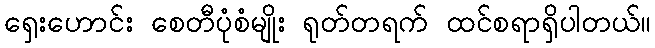
ရှေးဟောင်း စေတီပုံစံမျိုး ရုတ်တရက် ထင်စရာရှိပါတယ်။